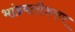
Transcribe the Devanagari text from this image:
भांडवलीकरण